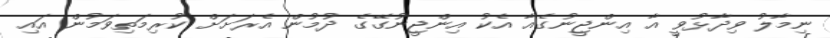
ނިމާލު ވިދާޅުވީ އާ އިންޖީނުގެއާ އެކު އިންޖީނުގޭގެ ދުމުން އެރަށަށް ކުރިމަތިވަމުން އައި